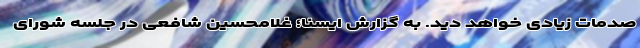
صدمات زیادی خواهد دید. به گزارش ایسنا؛ غلامحسین شافعی در جلسه شورای